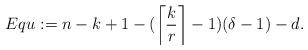
LaTeX: \begin{align*} Equ : = n-k+1-(\left\lceil\frac{k}{r}\right\rceil -1)(\delta -1)-d.\end{align*}